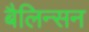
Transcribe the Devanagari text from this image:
बैलिन्सन